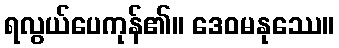
ရလွယ်ပေကုန်၏။ ဒေဝမနုဿေ။